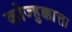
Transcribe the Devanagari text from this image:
कोज्हुक्कात्ता